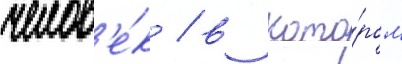
челов'е́к / в кото́ром